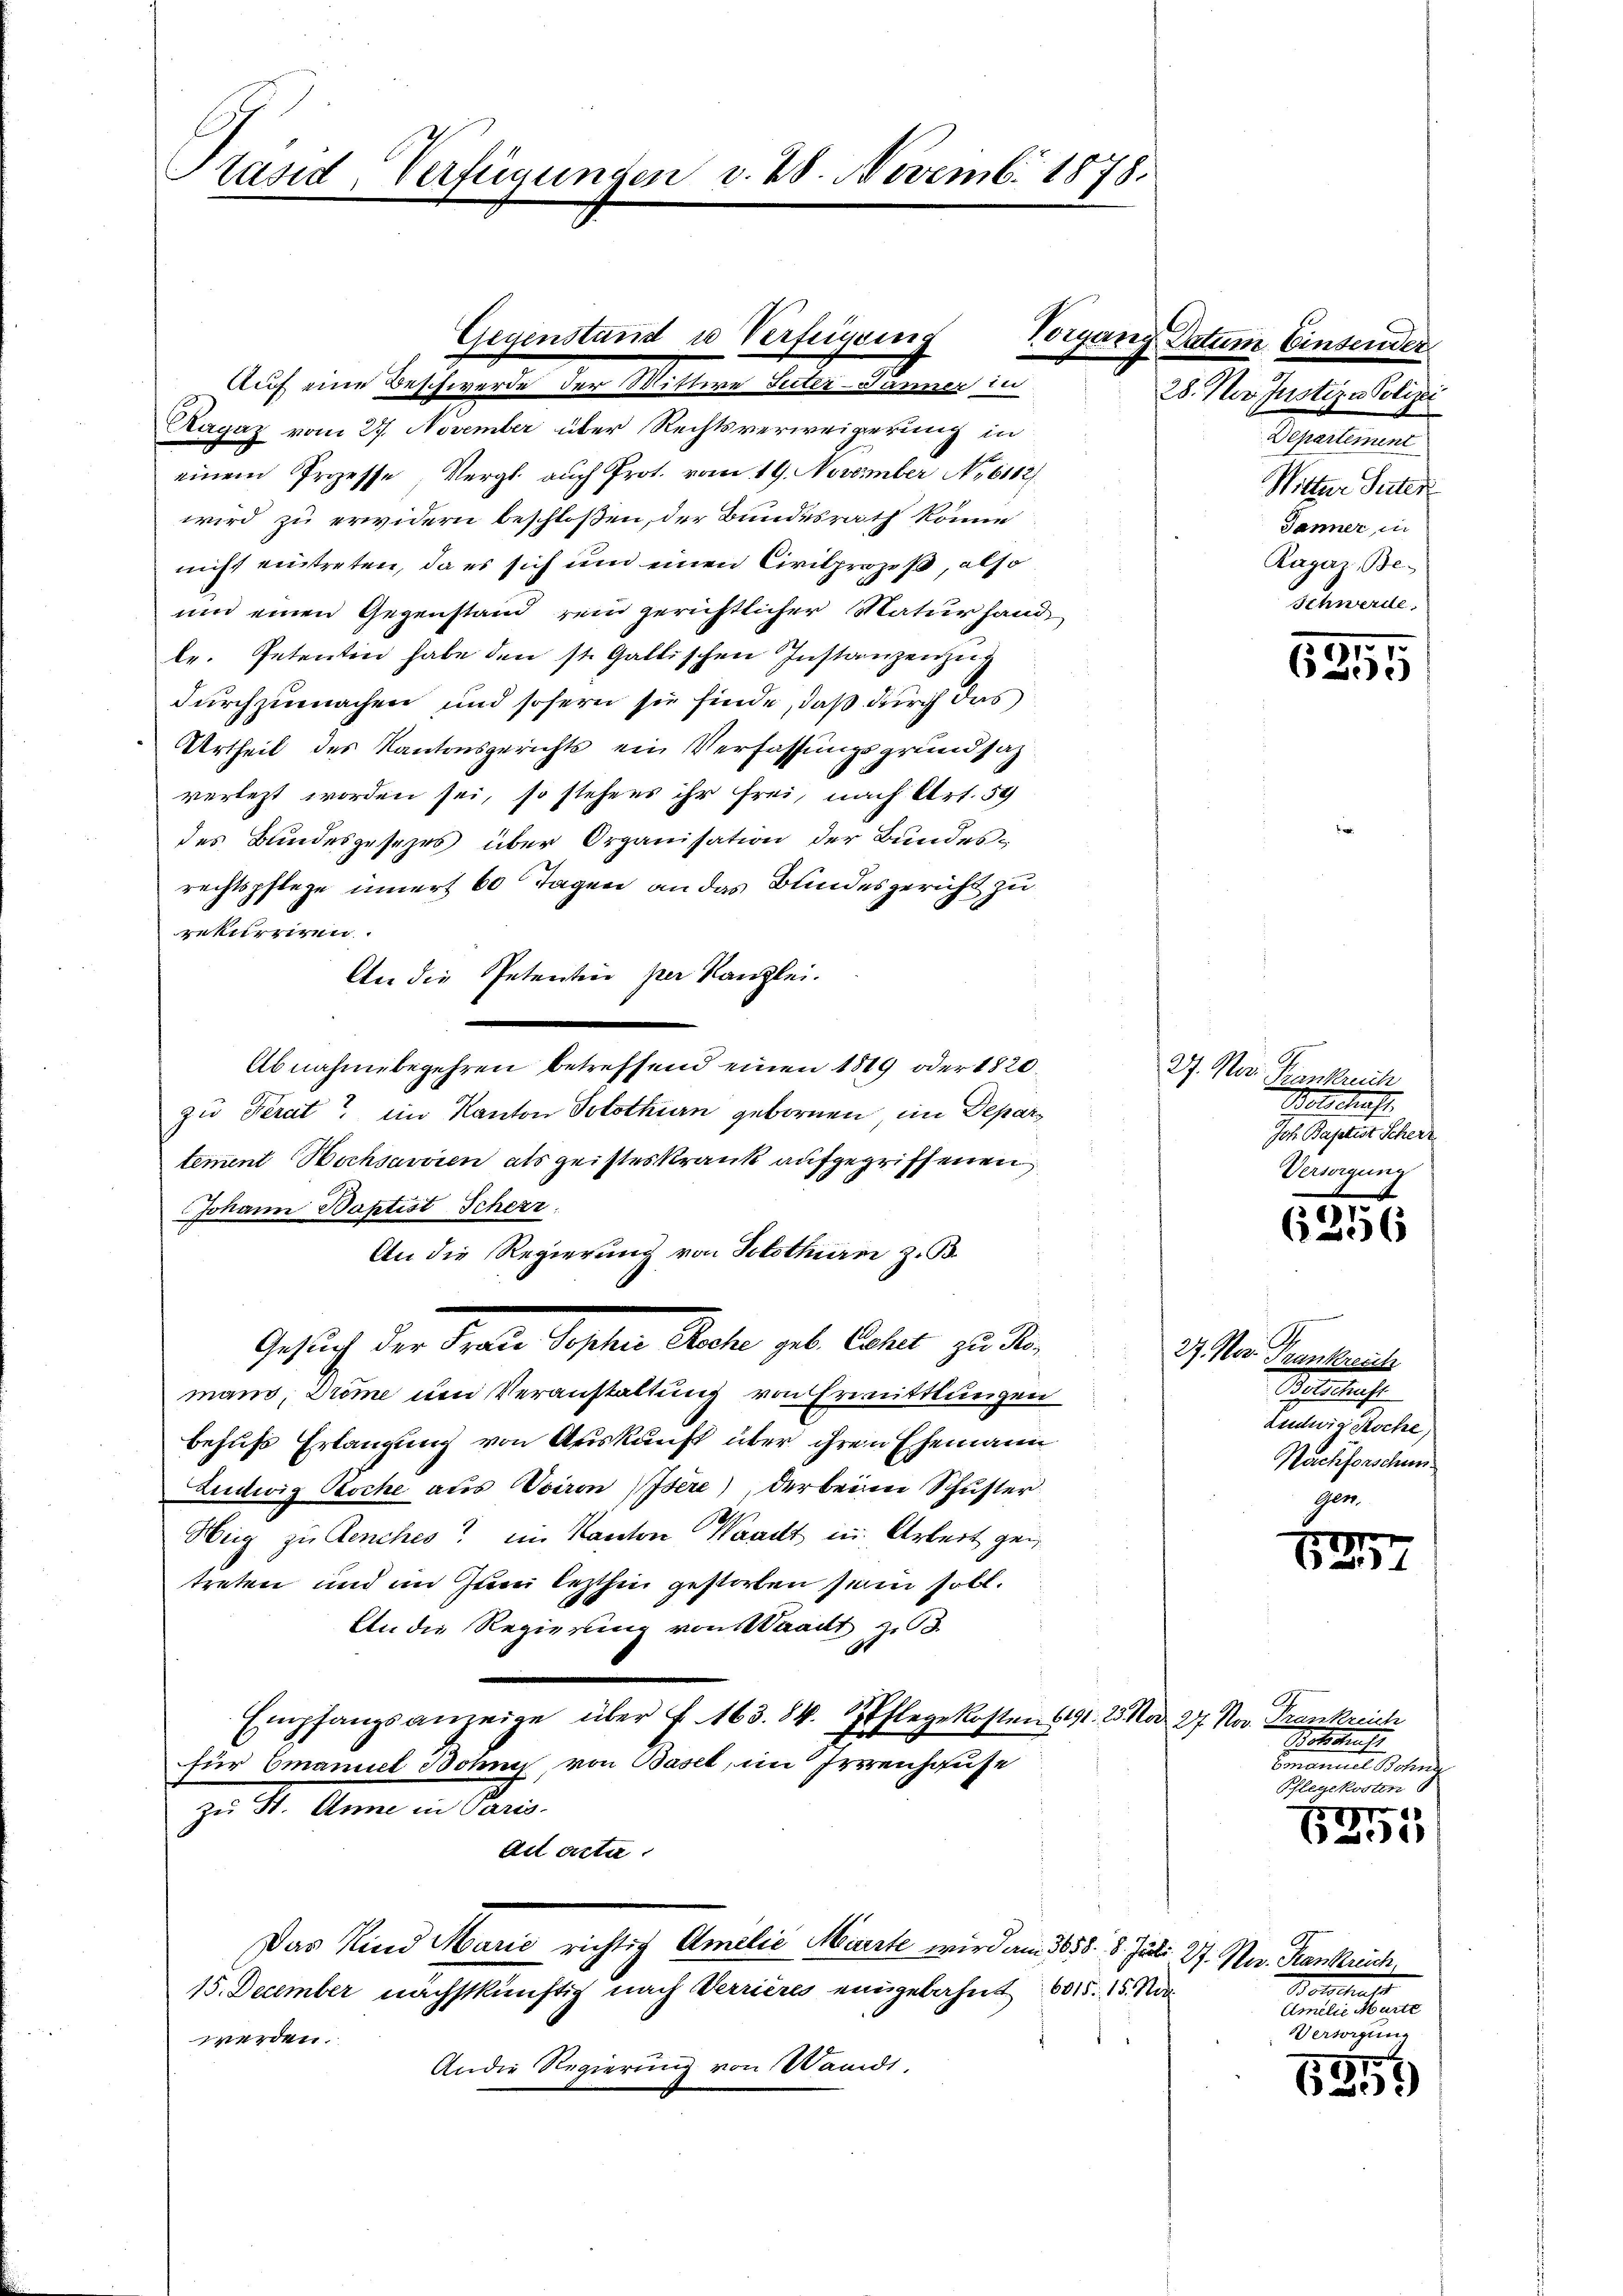
Präsid, Verfügungen v. 28. Novemb. 1878.

Auf eine Beschwerde der Mittwe Suter- Jänner in
Ragaz vom 27. November über Rechtsverweigerung in
einem Prozesse Vergl. auch Prot. vom 19. November No 6102/
wird zu erwidern beschloßen, der Bundesrath könne
nicht eintreten, da es sich um einen Civilprozeß, also
und einen Gegenstand rein gerichtlicher Naturhand
lr. Petenten habe den st. Gallischen Instanzenzug
durchzumachen und sofern sie finde, daß durch das
Urtheil des Kantonsgerichts ein Verfassungsgrundsaz
verletzt worden sei, so stehens ihr frei, nach Art. 59
des Bundesgesezes über Organisation der Bundesrechtspflege innert 60 Tagen an das Bundesgericht zu
rekurriren.
An die Petentin per Kanzlei.
.
Abnahmebegehren betreffend einen 1819 oder 1820
zu Ferat ein Kanton Solothurn gebornen, im Departement Bochsavvien als geisteskrank aufgegriffenen
Johann Baptist Schere
An die Regierung von Solothurn z. B.
e
e
Gesuch der Frau Sophie Roche geb. Eschet zu Romans, Drome und Veranstaltung von Ermittlungen
behufs Erlangung von Auskunft über ihren Ehemann
Ludwig Koche aus Voiron Isere), der beien Schuster
Heig zu Renches ein Kanton Waadt in Arbeit gen
treten und im Juni lezthin gestorben sein soll.
An die Regierung von Waadt zu
Empfangsanzeige über f. 163. 84. Pflegekosten (191. 25. Mad. 27. Nov. Frankreich
für Emanuel Bohn, von Basel, im Irrenhause
zu St. Anna in Paris.
ad acta.
Das Kind Marie richtig Amelić Mürrte wird am 1858. 8. Juli 27. Nov. Frankrech
15. December nachstkünftig nach Verrieres eingebahnt. 605. 15. No
werden.
Andie Regierung von Waadt,

Gegenstand u Verfügung

Vorgang Datum Einsender
28. Der Justiz & Polize
Departement
Witter Suter
Jänner, in
Ragaz, Be¬
Schwere.

G.
27. Nov.
Trankreich
Betschaft.
Joh. Baptist Scherz
Versorgung

27. Nov. G
Trunkreten.
Betschause
Lentwig Koche,
Nachforschun
gen.

5255

s
6236

1277

G
Botschrift
Comanuel Sehne
Pflegekosten

g
5
1

Botschluss
Amilie Marte
Versorgung

529